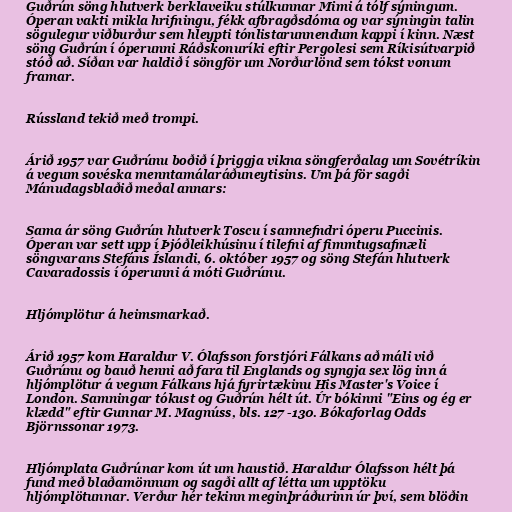
Guðrún söng hlutverk berklaveiku stúlkunnar Mimi á tólf sýningum.
Óperan vakti mikla hrifningu, fékk afbragðsdóma og var sýningin talin
sögulegur viðburður sem hleypti tónlistarunnendum kappi í kinn. Næst
söng Guðrún í óperunni Ráðskonuríki eftir Pergolesi sem Ríkisútvarpið
stóð að. Síðan var haldið í söngför um Norðurlönd sem tókst vonum
framar.

Rússland tekið með trompi.

Árið 1957 var Guðrúnu boðið í þriggja vikna söngferðalag um Sovétríkin
á vegum sovéska menntamálaráðuneytisins. Um þá för sagði
Mánudagsblaðið meðal annars:

Sama ár söng Guðrún hlutverk Toscu í samnefndri óperu Puccinis.
Óperan var sett upp í Þjóðleikhúsinu í tilefni af fimmtugsafmæli
söngvarans Stefáns Íslandi, 6. október 1957 og söng Stefán hlutverk
Cavaradossis í óperunni á móti Guðrúnu.

Hljómplötur á heimsmarkað.

Árið 1957 kom Haraldur V. Ólafsson forstjóri Fálkans að máli við
Guðrúnu og bauð henni að fara til Englands og syngja sex lög inn á
hljómplötur á vegum Fálkans hjá fyrirtækinu His Master's Voice í
London. Samningar tókust og Guðrún hélt út. Úr bókinni "Eins og ég er
klædd" eftir Gunnar M. Magnúss, bls. 127 -130. Bókaforlag Odds
Björnssonar 1973.

Hljómplata Guðrúnar kom út um haustið. Haraldur Ólafsson hélt þá
fund með blaðamönnum og sagði allt af létta um upptöku
hljómplötunnar. Verður hér tekinn meginþráðurinn úr því, sem blöðin